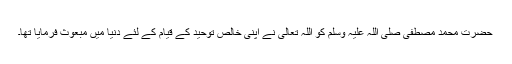
حضرت محمد مصطفی صلی اللہ علیہ وسلم کو اللہ تعالیٰ نے اپنی خالص توحید کے قیام کے لئے دنیا میں مبعوث فرمایا تھا۔